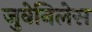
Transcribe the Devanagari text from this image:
जुवेनिलेस